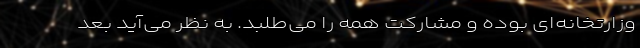
وزارتخانه‌‌‌ای بوده و مشارکت همه را می‌‌‌طلبد. به نظر می‌‌‌آید بعد